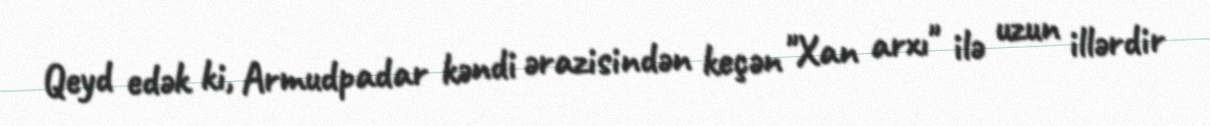
Qeyd edək ki, Armudpadar kəndi ərazisindən keçən "Xan arxı" ilə uzun illərdir